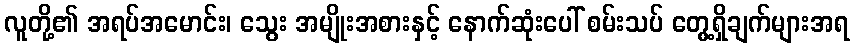
လူတို့၏ အရပ်အမောင်း၊ သွေး အမျိုးအစားနှင့် နောက်ဆုံးပေါ် စမ်းသပ် တွေ့ရှိချက်များအရ